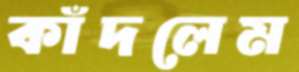
কাঁদলেম